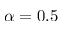
\alpha = 0 . 5